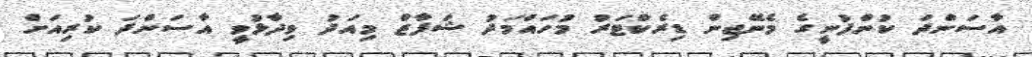
އާސަންދަ ކުންފުނީގެ މެނޭޖިން ޑިރެކްޓަރު މުހައްމަދު ޝަފާޒް މިއަދު ވިދާޅުވީ އާސަންދަ ކުރިއަށް